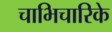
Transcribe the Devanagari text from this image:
चाभिचारिके